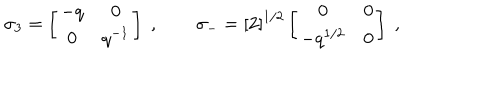
\sigma _ { 3 } = \left[ \begin{array} { c c } { { - q } } & { { 0 } } \\ { { 0 } } & { { q ^ { - 1 } } } \\ \end{array} \right] \; , \qquad \sigma _ { - } = \left[ 2 \right] ^ { 1 / 2 } \left[ \begin{array} { c c } { { 0 } } & { { 0 } } \\ { { - q ^ { 1 / 2 } } } & { { 0 } } \\ \end{array} \right] \; ,